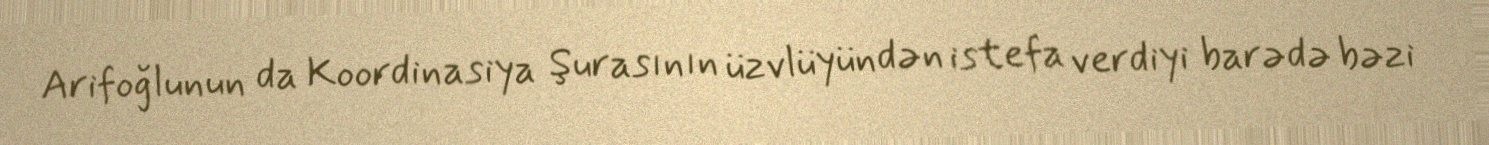
Arifoğlunun da Koordinasiya Şurasının üzvlüyündən istefa verdiyi barədə bəzi